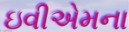
ઇવીએમના